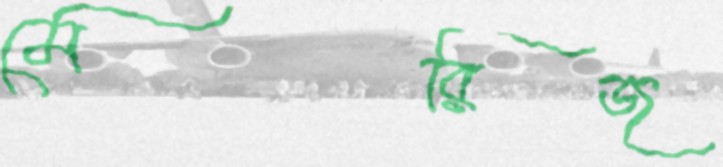
মেরিজ